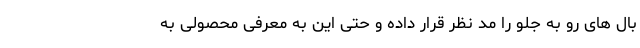
بال های رو به جلو را مد نظر قرار داده و حتی این به معرفی محصولی به